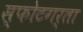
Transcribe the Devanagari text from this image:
स्फोटगर्ता